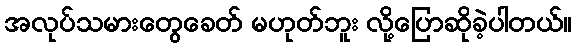
အလုပ်သမားတွေခေတ် မဟုတ်ဘူး လို့ပြောဆိုခဲ့ပါတယ်။